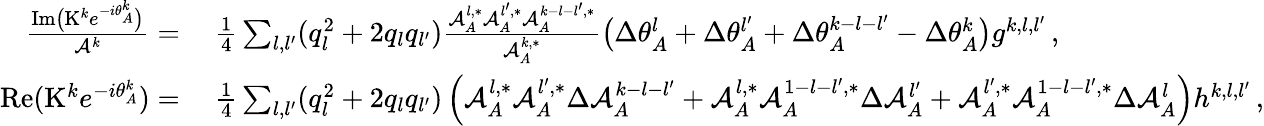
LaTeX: \begin{array}{rl}{\frac{\mathrm{Im}\big(\mathrm{K}^{k}e^{-i\theta_{A}^{k}}\big)}{\mathcal{A}^{k}}=}&{~\frac{1}{4}\sum_{{l},{l^{\prime}}}(q_{l}^{2}+2q_{l}q_{l^{\prime}})\frac{\mathcal{A}_{A}^{l,*}\mathcal{A}_{A}^{l^{\prime},*}\mathcal{A}_{A}^{k-{l}-{l^{\prime}},*}}{\mathcal{A}_{A}^{k,*}}\big(\Delta\theta_{A}^{l}+\Delta\theta_{A}^{l^{\prime}}+\Delta\theta_{A}^{k-{l}-{l^{\prime}}}-\Delta\theta_{A}^{k}\big)g^{k,l,l^{\prime}}\, ,}\\ {\mathrm{Re}(\mathrm{K}^{k}e^{-i\theta_{A}^{k}})=}&{~\frac{1}{4}\sum_{{l},{l^{\prime}}}(q_{l}^{2}+2q_{l}q_{l^{\prime}})\left(\mathcal{A}_{A}^{l,*}\mathcal{A}_{A}^{l^{\prime},*}\Delta\mathcal{A}_{A}^{k-{l}-{l^{\prime}}}+\mathcal{A}_{A}^{l,*}\mathcal{A}_{A}^{1-{l}-{l^{\prime}},*}\Delta\mathcal{A}_{A}^{l^{\prime}}+\mathcal{A}_{A}^{l^{\prime},*}\mathcal{A}_{A}^{1-{l}-{l^{\prime}},*}\Delta\mathcal{A}_{A}^{l}\right)h^{k,l,l^{\prime}}\, ,}\end{array}